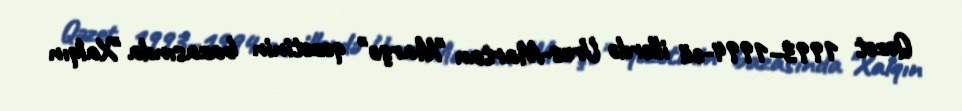
Qəzet 1993–1994-cü illərdə Urus-Martan "Marşo" qəzetinin bazasında "Xalqın